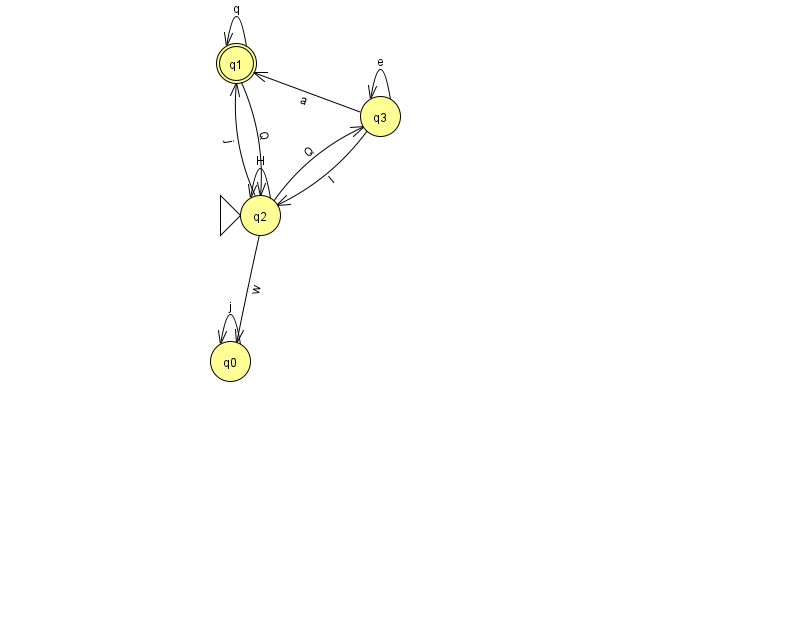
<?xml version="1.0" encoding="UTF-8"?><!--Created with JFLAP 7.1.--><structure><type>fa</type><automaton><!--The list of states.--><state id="0" name="q0"><x>230.0</x><y>348.0</y></state><state id="1" name="q1"><x>236.0</x><y>50.0</y><final/></state><state id="2" name="q2"><x>260.0</x><y>202.0</y><initial/></state><state id="3" name="q3"><x>380.0</x><y>103.0</y></state><!--The list of transitions.--><transition><from>3</from><to>1</to><read>a</read></transition><transition><from>1</from><to>1</to><read>q</read></transition><transition><from>3</from><to>3</to><read>e</read></transition><transition><from>1</from><to>2</to><read>Q</read></transition><transition><from>2</from><to>3</to><read>Q</read></transition><transition><from>2</from><to>2</to><read>H</read></transition><transition><from>2</from><to>0</to><read>w</read></transition><transition><from>0</from><to>0</to><read>j</read></transition><transition><from>3</from><to>2</to><read>l</read></transition><transition><from>2</from><to>1</to><read>j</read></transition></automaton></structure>